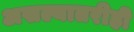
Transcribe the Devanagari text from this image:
असल्यातरीही